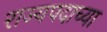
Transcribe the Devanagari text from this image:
राज्यपदाच्या